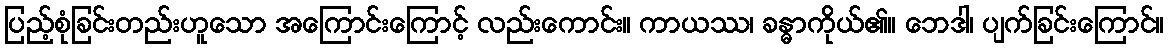
ပြည့်စုံခြင်းတည်းဟူသော အကြောင်းကြောင့် လည်းကောင်း။ ကာယဿ၊ ခန္ဓာကိုယ်၏။ ဘေဒါ၊ ပျက်ခြင်းကြောင်။